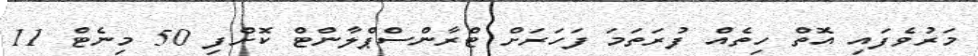
މަރުވެފައި އޮތް ހިތެއް ފުރަތަމަ ފަހަރަށް ޓްރާންސްޕްލާންޓް ކޮށްފި 50 މިނެޓް 11